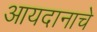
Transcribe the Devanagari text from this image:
आयदानाचे